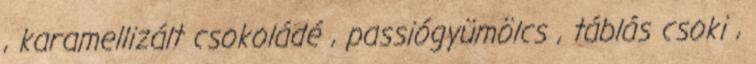
, karamellizált csokoládé , passiógyümölcs , táblás csoki ,